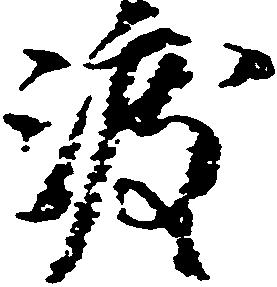
渡